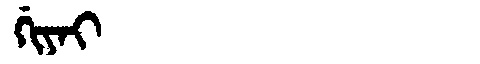
Manchu: ᡤᡳᠶᠠᡳ
Romanization: GIYAI